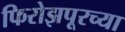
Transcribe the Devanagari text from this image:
फिरोझपूरच्या